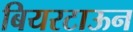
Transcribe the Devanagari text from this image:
बियरटाऊन